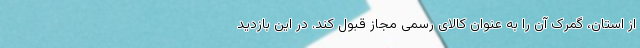
از استان، گمرک آن را به عنوان کالای رسمی مجاز قبول کند. در این بازدید